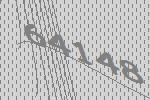
64148